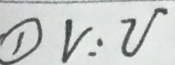
\textcircled { 1 } r : v